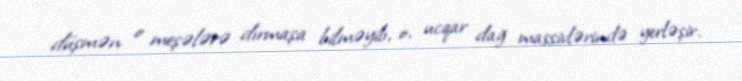
düşmən o meşələrə dırmaşa bilməyib, o, ucqar dağ massivlərində yerləşir.